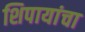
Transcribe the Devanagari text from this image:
शिपायांचा